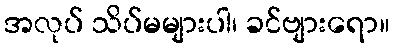
အလုပ် သိပ်မများပါ၊ ခင်ဗျားရော။